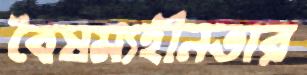
বৈষম্যহীনতার